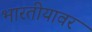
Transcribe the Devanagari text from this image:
भारतीयावर